Problem: 26 + 39 = ?
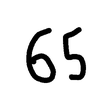
Handwritten answer: 65